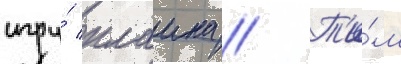
игру́ клаина // Т'и́м